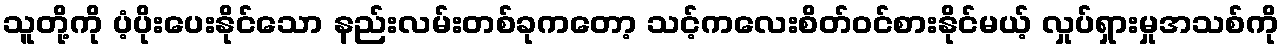
သူတို့ကို ပံ့ပိုးပေးနိုင်သော နည်းလမ်းတစ်ခုကတော့ သင့်ကလေးစိတ်ဝင်စားနိုင်မယ့် လှုပ်ရှားမှုအသစ်ကို